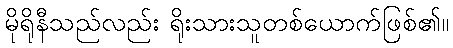
မိုရိုနီသည်လည်း ရိုးသားသူတစ်ယောက်ဖြစ်၏။